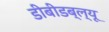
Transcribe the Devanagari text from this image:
डीबीडब्ल्यू